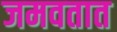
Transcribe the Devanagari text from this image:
जमवतात